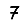
Digit: 7